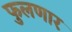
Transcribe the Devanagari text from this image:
फुलणार